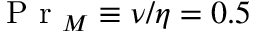
\mathrm { ~ P ~ r ~ } _ { M } \equiv \nu / \eta = 0 . 5